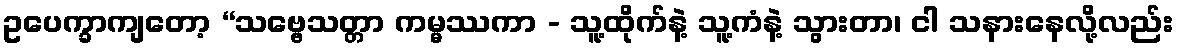
ဥပေက္ခာကျတော့ “သဗ္ဗေသတ္တာ ကမ္မဿကာ - သူ့ထိုက်နဲ့ သူ့ကံနဲ့ သွားတာ၊ ငါ သနားနေလို့လည်း